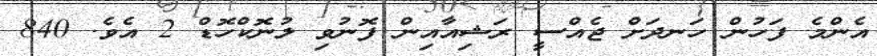
އެންމެ ފަހުން ހަނދަށް ޖެއްސީ ރަޝިއާއިން ފޮނުވި ލުނޮކްހޮޑް 2 އެވެ. 840